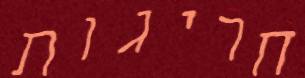
חריגות